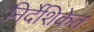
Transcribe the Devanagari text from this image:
निर्देशिकेत